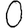
Digit: 0